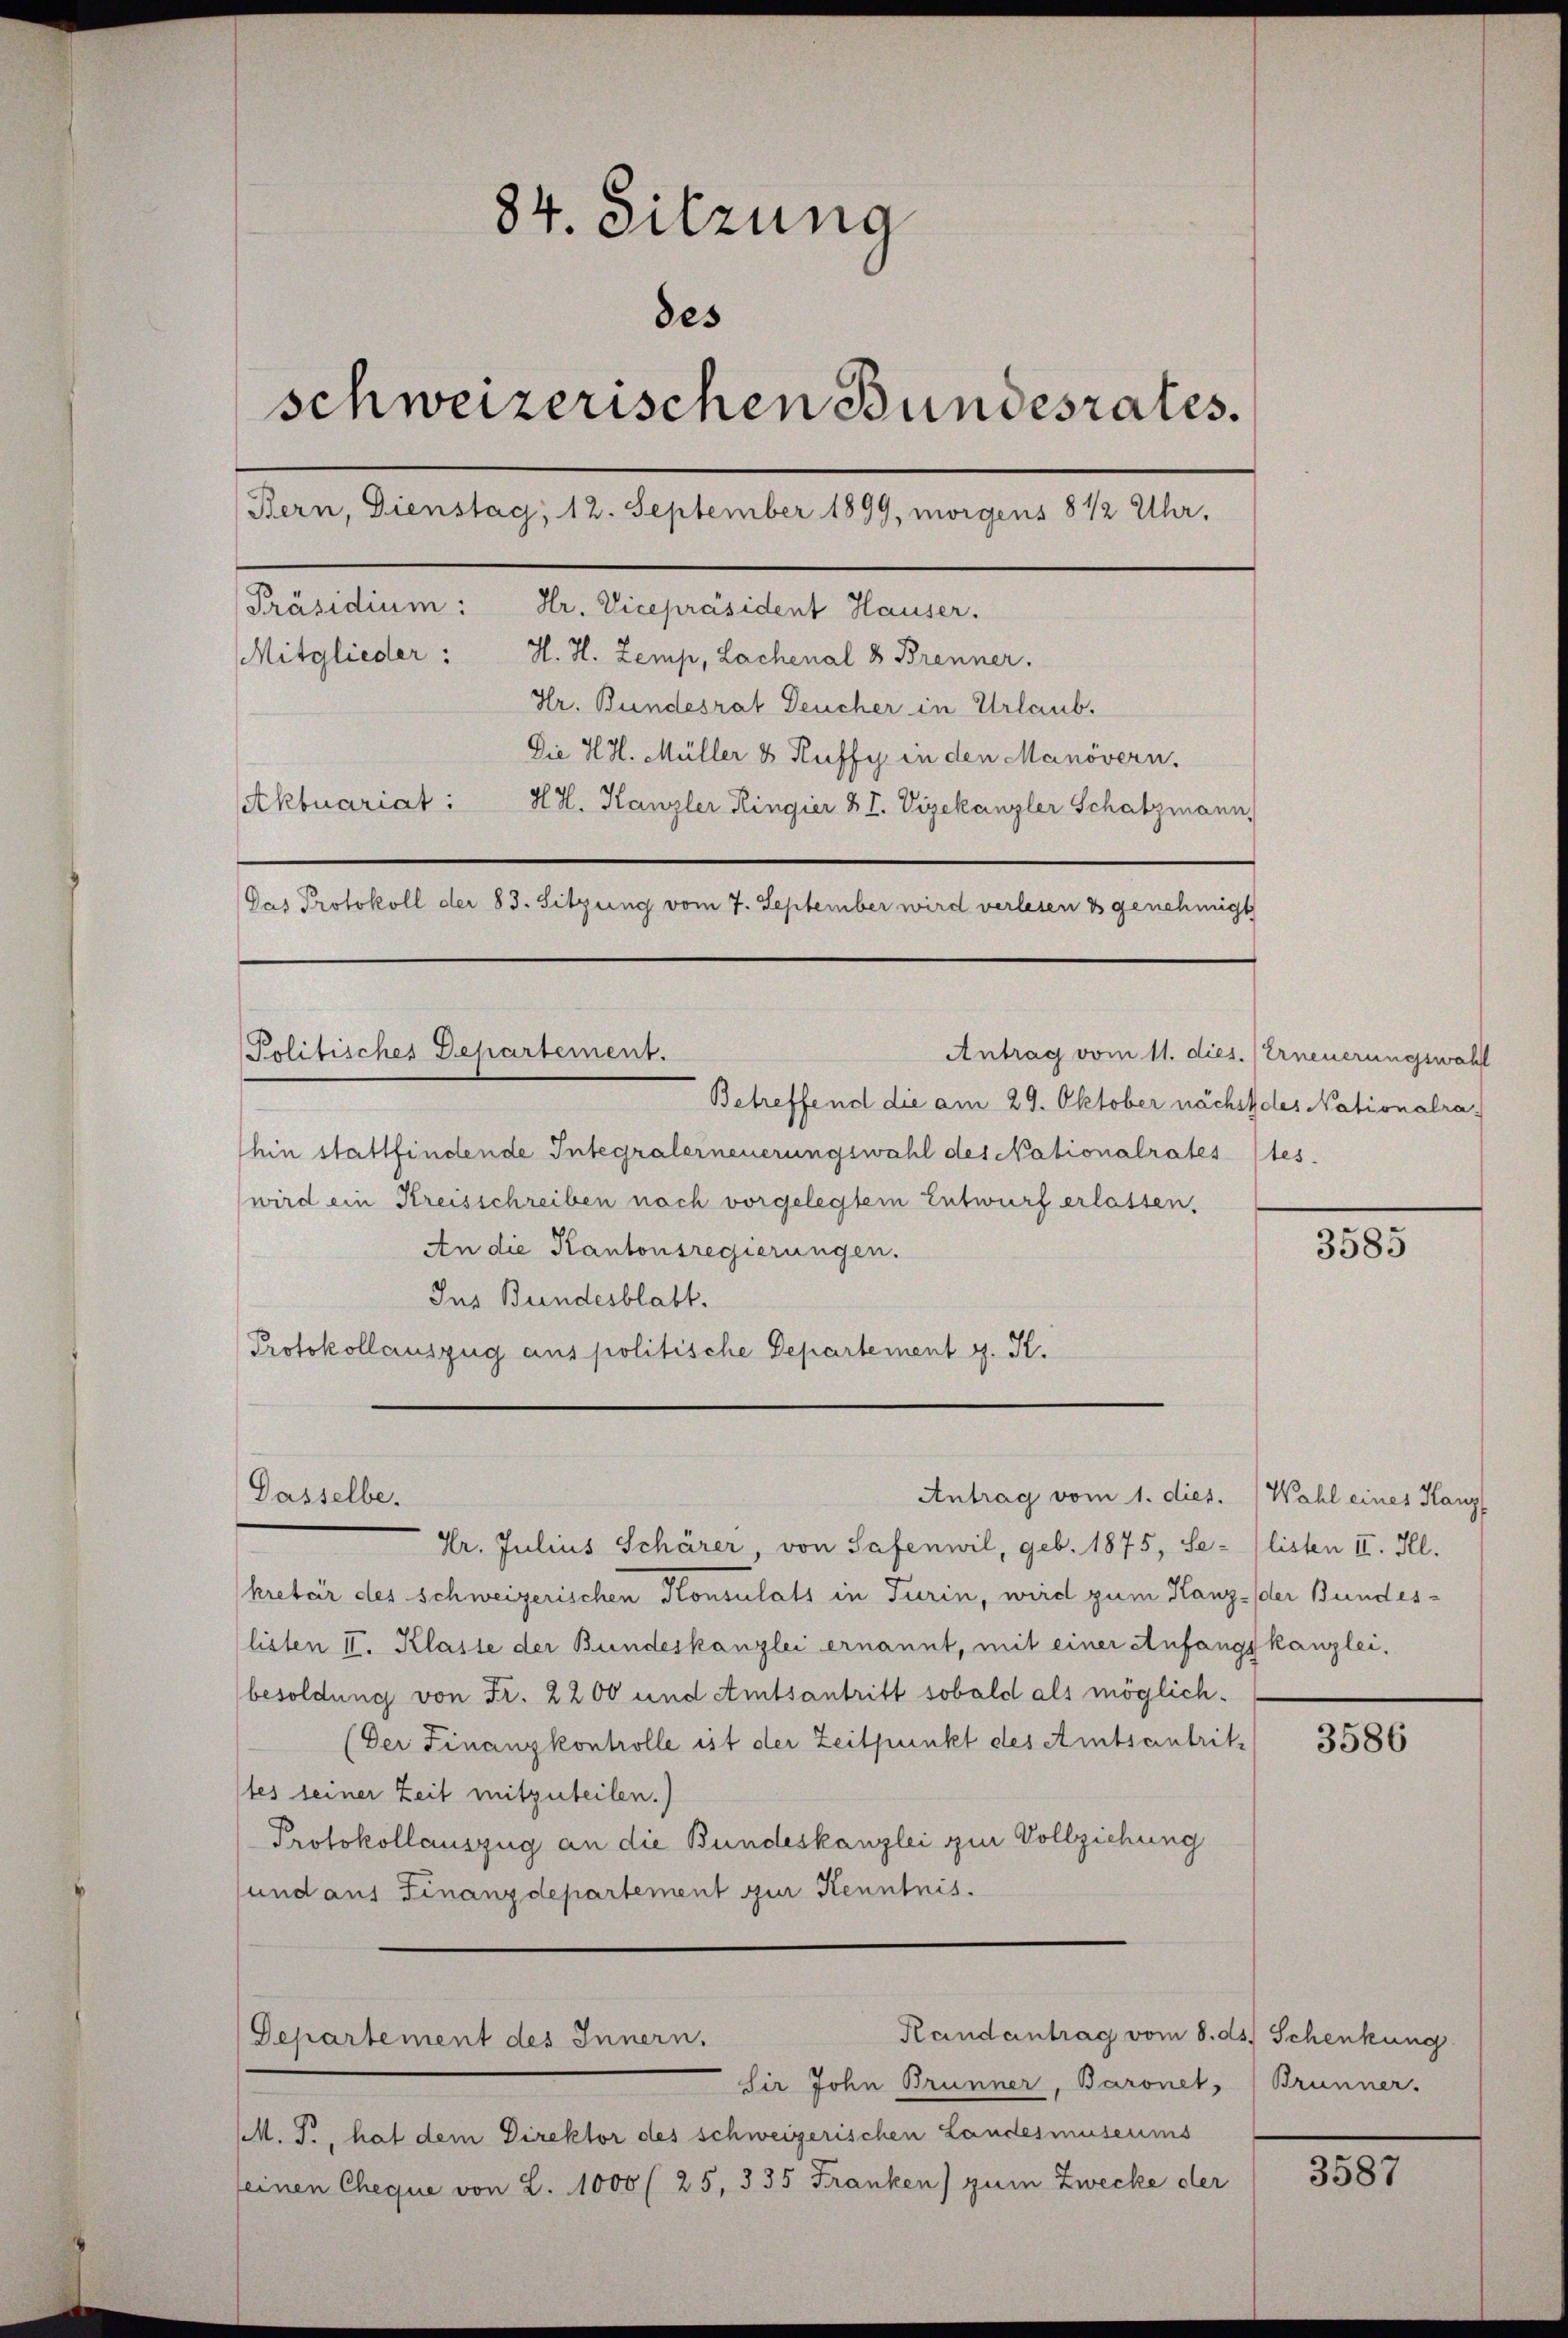
84. Sitzung
des
schweizerischen Bundesrates.
Bern, Dienstag, 12. September 1899, morgens 8 1/2 Uhr,
Präsidium: Hr. Vicepräsident Hauser.
Mitglieder:
H. H. Zemp, Lachenal 8 Brenner.
Hr. Bundesrat Deucher in Urlaub.
Die H.H. Müller & Ruffy in den Manövern.
Aktuariat: Hr. Kanzler Ringier & I. Vizekanzler Schatzmann,
Das Protokoll der 83. Sitzung vom 7. September wird verlesen es genehmigt
Politisches Departement.
Antrag vom 11. dies. Erneuerungswahl
Betreffend die am 29. Oktober nächstdes Nationalra

hin stattfindende Integralerneuerungswahl des Nationalrates (tes.
wird ein Kreisschreiben noch vorgelegtem Entwurf erlassen.
An die Kantonsregierungen.
Ins Bundesblatt.
Protokollauszug aus politische Departement g. K.

Dasselbe.

Antrag vom 1. dies. Wahl eines Hanz

Vr. Julius Schärer, von Safenwil, geb. 1875, Se-listen II. Ill.
kretär des Schweizerischen Konsulats in Turin, wird zum Kanz- der Bundeslisten II. Klasse der Bundeskanzlei ernannt, mit einer Anfangskanzlei.
besoldung von Fr. 2200 und Amtsantritt sobald als möglich¬
(Der Finanzkontrolle ist der Zeitpunkt des Amtsantritstes seiner Zeit mitzuteilen.)
Protokollauszug an die Bundeskanzlei zur Vollziehung
und aus Finanzdepartement zur Kenntnis.

Randantrag vom 8. ds. Schenkung
Departement des Innern.

Sir John Brunner, Baronet, Brunner.
MM. J., hat dem Direktor des schweizerischen Landesmuseums
seinen Cheque von 2. 1000 (25, 335 Franken) zum Zwecke der

3585

3586

3587